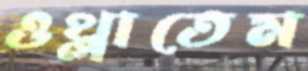
ওথ্‌লাতেম